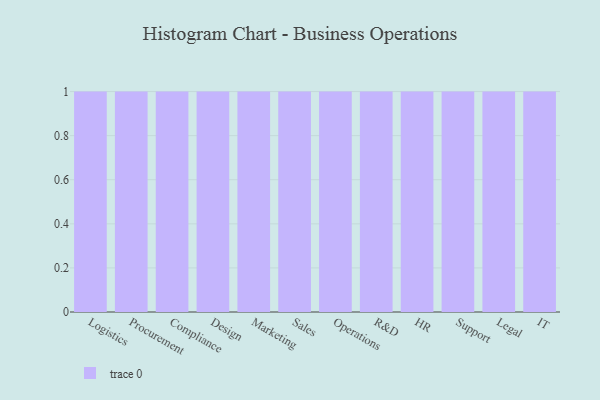
{"axis": {"x": "Department", "y": "LTV (USD)"}, "legend": [""], "data": [{"x": "Logistics", "y": 81, "type": ""}, {"x": "Procurement", "y": 6, "type": ""}, {"x": "Compliance", "y": 72, "type": ""}, {"x": "Design", "y": 17, "type": ""}, {"x": "Marketing", "y": 85, "type": ""}, {"x": "Sales", "y": 8, "type": ""}, {"x": "Operations", "y": 21, "type": ""}, {"x": "R&D", "y": 4, "type": ""}, {"x": "HR", "y": 8, "type": ""}, {"x": "Support", "y": 7, "type": ""}, {"x": "Legal", "y": 25, "type": ""}, {"x": "IT", "y": 88, "type": ""}]}